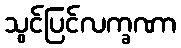
သွင်ပြင်လက္ခဏာ